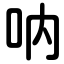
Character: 呐